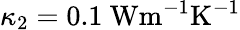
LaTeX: \kappa_{2}=0.1~\mathrm{{Wm^{-1}K^{-1}}}